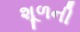
શૂળની